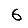
Digit: 6